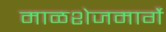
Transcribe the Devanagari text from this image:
माळशेजमार्गे